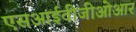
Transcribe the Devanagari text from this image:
एसआईवीजीओआर